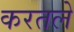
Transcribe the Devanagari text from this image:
करतले